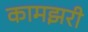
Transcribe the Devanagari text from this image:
कामझरी